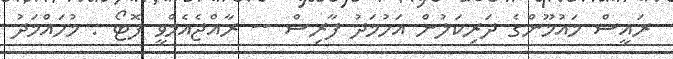
ރައީސް މައުމޫންގެ ދަރިކަލުން އަހުމަދު ފާރިސް -- ރާއްޖެއެމްވީ ފޮޓޯ : މުހައްމަދު